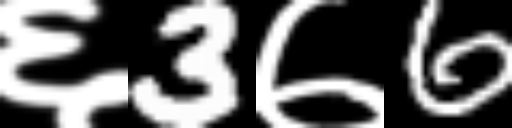
Text: ६3७6